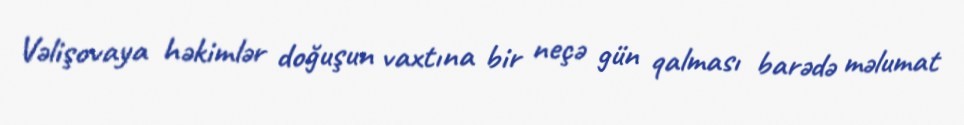
Vəlişovaya həkimlər doğuşun vaxtına bir neçə gün qalması barədə məlumat